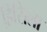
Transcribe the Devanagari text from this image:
हिसिला